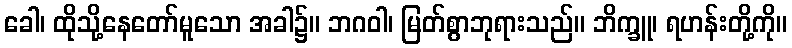
ခေါ၊ ထိုသို့နေတော်မူသော အခါ၌။ ဘဂဝါ၊ မြတ်စွာဘုရားသည်။ ဘိက္ခူ၊ ရဟန်းတို့ကို။